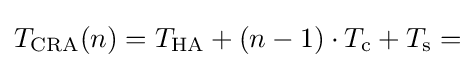
T_{\text{CRA}}(n)=T_{\text{HA}}+(n-1)\cdot T_{\text{c}}+T_{\text{s}}=